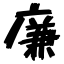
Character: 廉